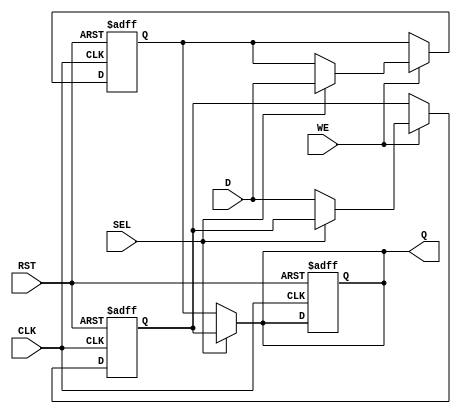
module double_buffer_register (
    input wire [7:0] D,        // Data Input
    input wire WE,             // Write Enable
    input wire CLK,            // Clock
    input wire SEL,            // Select signal
    input wire RST,            // Reset signal
    output reg [7:0] Q         // Data Output
);

    // Internal Registers for Buffer A and Buffer B
    reg [7:0] buffer_A;
    reg [7:0] buffer_B;

    // Always block for writing data into buffers
    always @(posedge CLK or posedge RST) begin
        if (RST) begin
            // Reset both buffers to zero
            buffer_A <= 8'b0;
            buffer_B <= 8'b0;
            Q <= 8'b0; // Reset output as well
        end else if (WE) begin
            // Write data to the selected buffer
            if (SEL) begin
                buffer_B <= D; // Write to Buffer B
            end else begin
                buffer_A <= D; // Write to Buffer A
            end
        end
    end

    // Always block for reading data from buffers
    always @(*) begin
        // Output the data from the buffer that is not currently being written to
        if (SEL) begin
            Q = buffer_A; // Read from Buffer A when writing to Buffer B
        end else begin
            Q = buffer_B; // Read from Buffer B when writing to Buffer A
        end
    end

endmodule